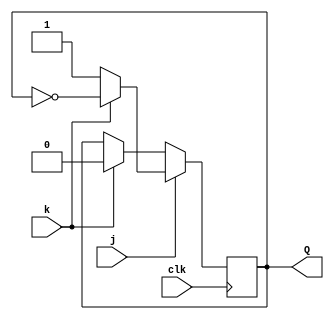
module top_module (
    input clk,
    input j,
    input k,
    output Q); 
    
    always@(posedge clk) Q <= j ? (k ? ~Q : 1) : (k ? 0 : Q);

endmodule